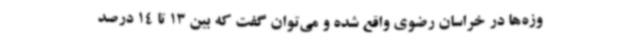
وزه‌ها در خراسان رضوی واقع شده و می‌توان گفت که بین 13 تا 14 درصد